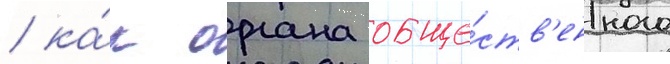
/ ка́к органа обще́ств'енного